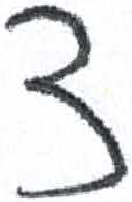
אות: צ